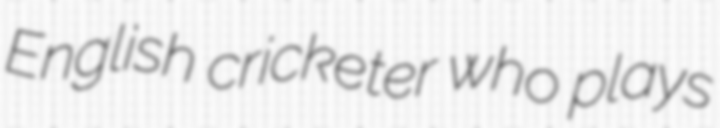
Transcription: English cricketer who plays